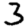
Digit: 3